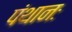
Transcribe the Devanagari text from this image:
पंथानः